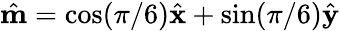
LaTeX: \hat{\mathbf{m}}=\cos(\pi/6)\hat{\mathbf{x}}+\sin(\pi/6)\hat{\mathbf{y}}